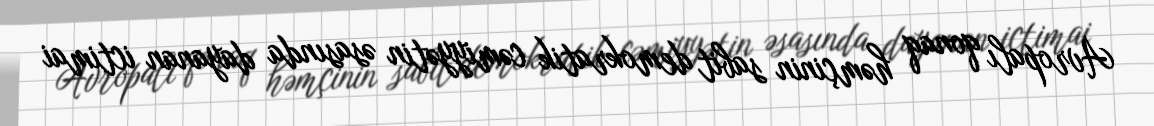
Avropalı qonaq həmçinin sabit demokratik cəmiyyətin əsasında dayanan ictimai